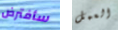
سأفترض العمل